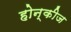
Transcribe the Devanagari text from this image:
होन्कीज